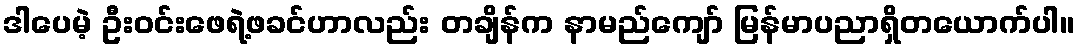
ဒါပေမဲ့ ဦးဝင်းဖေရဲ့ဖခင်ဟာလည်း တချိန်က နာမည်ကျော် မြန်မာပညာရှိတယောက်ပါ။